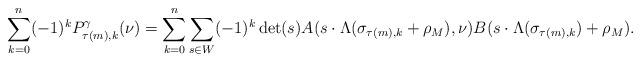
LaTeX: \begin{align*} \sum_{k=0}^n (-1)^k P^\gamma_{\tau(m),k} (\nu) = \sum_{k=0}^n \sum_{s \in W} (-1)^k \det(s) A(s\cdot \Lambda(\sigma_{\tau(m),k} + \rho_M), \nu) B( s \cdot \Lambda(\sigma_{\tau(m),k}) + \rho_M).\end{align*}